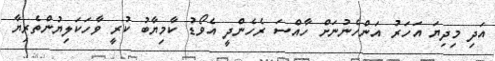
އަދި މިދިޔަ އަހަރު އަންހެނުނަށް ހާއްސަ ރެހެންދީ އެވޯޑު ކާމިޔާބު ކުރީ ވާހަކަލިޔުންތެރިޔާ